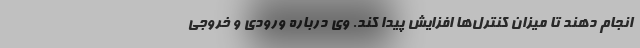
انجام دهند تا میزان کنترل‌ها افزایش پیدا کند. وی درباره ورودی و خروجی